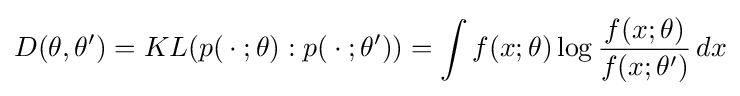
D(\theta ,\theta ')=KL(p({}\cdot {};\theta ):p({}\cdot {};\theta '))=\int f(x;\theta )\log {\frac {f(x;\theta )}{f(x;\theta ')}}\,dx